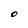
Character: O